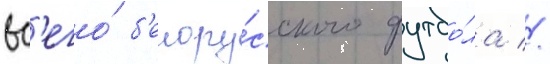
вс'его́ б'елору́сского футбо́ла //